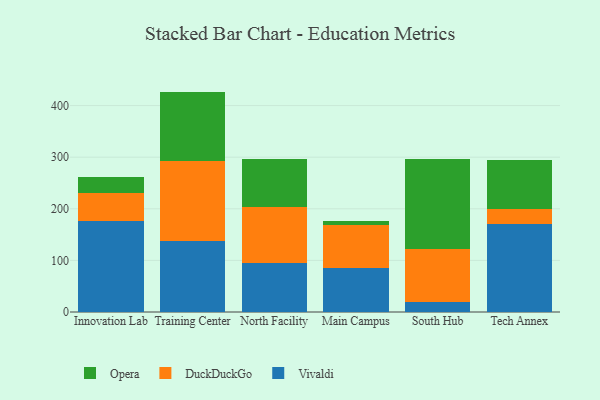
{"axis": {"x": "Campus", "y": "Revenue (USD Million)"}, "legend": ["DuckDuckGo", "Opera", "Vivaldi"], "data": [{"x": "Innovation Lab", "y": 175.9, "type": "Vivaldi"}, {"x": "Innovation Lab", "y": 54.2, "type": "DuckDuckGo"}, {"x": "Innovation Lab", "y": 32.3, "type": "Opera"}, {"x": "Training Center", "y": 137.3, "type": "Vivaldi"}, {"x": "Training Center", "y": 155.6, "type": "DuckDuckGo"}, {"x": "Training Center", "y": 134.2, "type": "Opera"}, {"x": "North Facility", "y": 95.5, "type": "Vivaldi"}, {"x": "North Facility", "y": 108.3, "type": "DuckDuckGo"}, {"x": "North Facility", "y": 93.4, "type": "Opera"}, {"x": "Main Campus", "y": 84.6, "type": "Vivaldi"}, {"x": "Main Campus", "y": 84.6, "type": "DuckDuckGo"}, {"x": "Main Campus", "y": 7.7, "type": "Opera"}, {"x": "South Hub", "y": 18.5, "type": "Vivaldi"}, {"x": "South Hub", "y": 103.7, "type": "DuckDuckGo"}, {"x": "South Hub", "y": 173.7, "type": "Opera"}, {"x": "Tech Annex", "y": 170.7, "type": "Vivaldi"}, {"x": "Tech Annex", "y": 28.9, "type": "DuckDuckGo"}, {"x": "Tech Annex", "y": 94.4, "type": "Opera"}]}